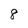
Character: 8